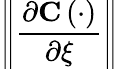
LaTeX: \left\| \frac{\partial\mathbf{C}\left(\cdot\right)}{\partial\xi}\right\|